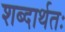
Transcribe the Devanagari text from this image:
शब्दार्थतः